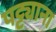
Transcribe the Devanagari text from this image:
पट्ट्याना